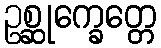
ဥစ္ဆုက္ခေတ္တေ